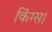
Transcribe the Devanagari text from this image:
किंग्स।